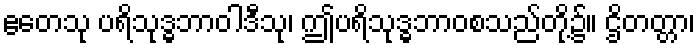
ဧတေသု ပရိသုဒ္ဓဘာဝါဒီသု၊ ဤပရိသုဒ္ဓဘာဝစသည်တို့၌။ ဌိတတ္တာ၊